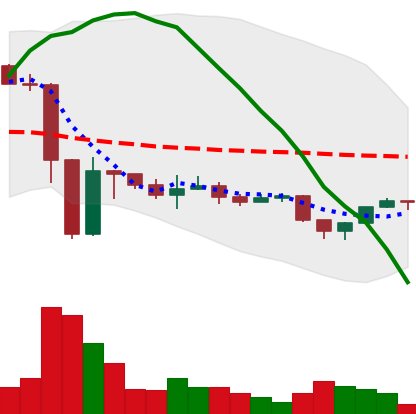
Ticker: ETH-USD
Chart end date: 2022-11-25
Forward return: 8.071%
Label: up_7plus